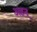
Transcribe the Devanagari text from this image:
अहन्